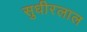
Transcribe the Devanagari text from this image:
सुधीरलाल